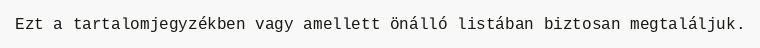
Ezt a tartalomjegyzékben vagy amellett önálló listában biztosan megtaláljuk.